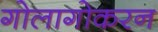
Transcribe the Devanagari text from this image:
गोलागोकरन